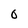
Character: 0